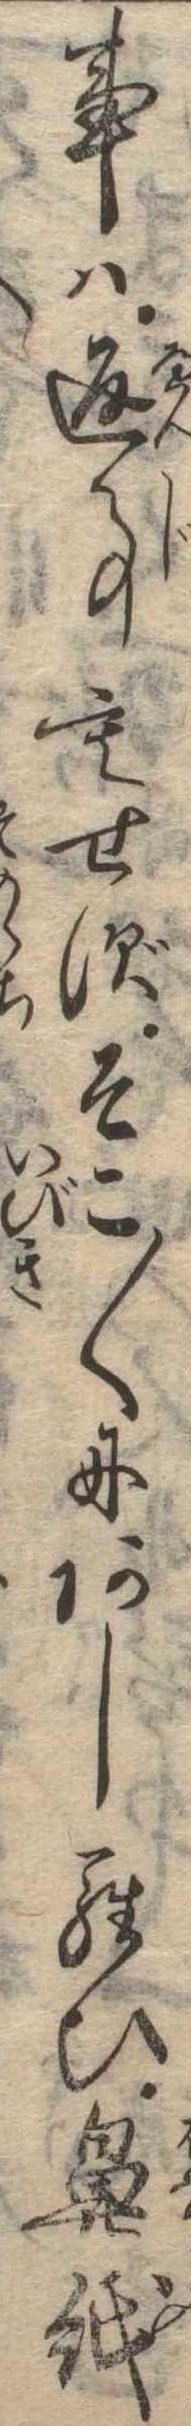
事は返事もせずそこ〱にあしらひ鼻紙